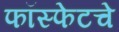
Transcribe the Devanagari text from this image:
फॉस्फेटचे